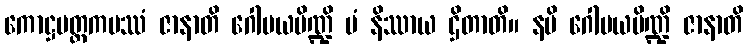
ကောဋ္ဌမတ္ထကပဿံ ဇာနာတိ ဂေါမယပိဏ္ဍိ မံ နိဿာယ ဌိတာတိ။ နပိ ဂေါမယပိဏ္ဍိ ဇာနာတိ